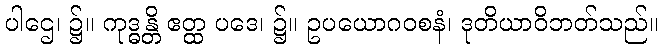
ပါဌေ၊ ၌။ ကုဒ္ဓန္တိ ဧတ္ထ ပဒေ၊ ၌။ ဥပယောဂဝစနံ၊ ဒုတိယာဝိဘတ်သည်။